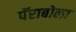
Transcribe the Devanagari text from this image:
पॅराबोला